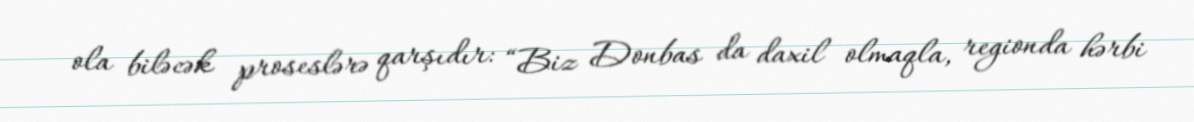
ola biləcək proseslərə qarşıdır: “Biz Donbas da daxil olmaqla, regionda hərbi